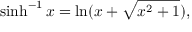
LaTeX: \sinh ^ { - 1 } { x } = \ln ( x + { \sqrt { x ^ { 2 } + 1 } } ) ,